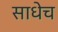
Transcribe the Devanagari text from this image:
साधेच